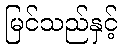
မြင်သည်နှင့်